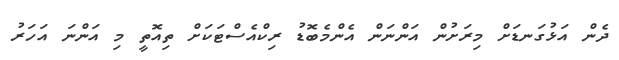
ދެން އަޅުގަނޑަށް މިރަށުން އަންނަން އެންމެބޮޑު ރިކްއެސްޓަކަށް ތިއޮތީ މި އަންނަ އަހަރު